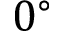
0 ^ { \circ }